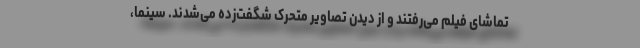
تماشای فیلم می‌رفتند و از دیدن تصاویر متحرک شگفت‌زده می‌شدند. سینما،